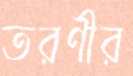
তরণীর